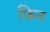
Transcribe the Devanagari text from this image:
फिन